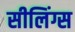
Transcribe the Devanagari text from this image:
सीलिंग्स